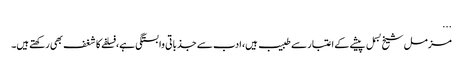
...
مزمل شیخ بسمل پیشے کے اعتبار سے طبیب ہیں، ادب سے جذباتی وابستگی ہے، فسلفے کا شغف بھی رکھتے ہیں۔